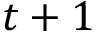
t + 1